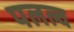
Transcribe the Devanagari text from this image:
पलल्व